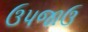
ઉપજાઉ